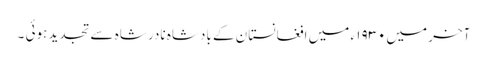
آخر میں۱۹۳۰ ء میں افغانستان کے بادشاہ نادر شاہ سے تجدید ہوئی ۔